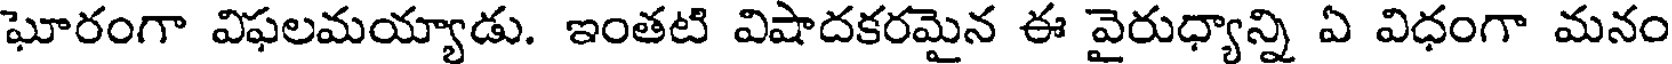
ఘోరంగా విఫలమయ్యాడు. ఇంతటి విషాదకరమైన ఈ వైరుధ్యాన్ని ఏ విధంగా మనం